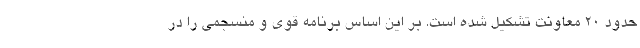
حدود ۲۰ معاونت تشکیل شده است. بر این اساس برنامه قوی و منسجمی را در